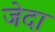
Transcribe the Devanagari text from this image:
जेदा